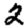
Digit: 2